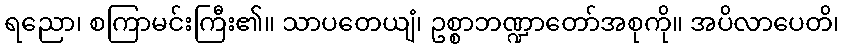
ရညော၊ စကြာမင်းကြီး၏။ သာပတေယျံ၊ ဥစ္စာဘဏ္ဍာတော်အစုကို။ အပိလာပေတိ၊